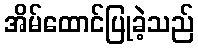
အိမ်ထောင်ပြုခဲ့သည်